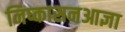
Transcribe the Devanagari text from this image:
निष्कासनआज्ञा